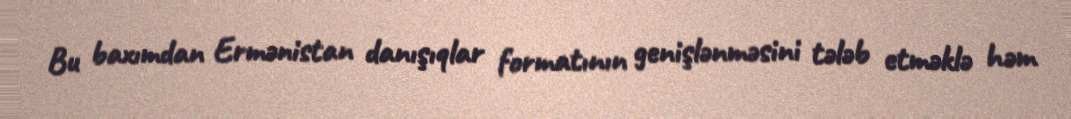
Bu baxımdan Ermənistan danışıqlar formatının genişlənməsini tələb etməklə həm